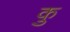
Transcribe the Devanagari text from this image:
कु़